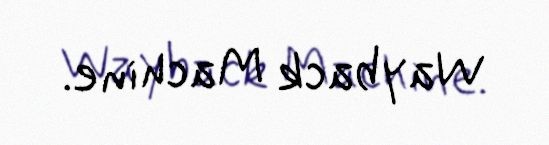
Wayback Machine.